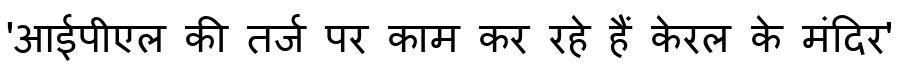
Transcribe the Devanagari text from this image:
'आईपीएल की तर्ज पर काम कर रहे हैं केरल के मंदिर'